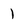
Character: 1